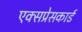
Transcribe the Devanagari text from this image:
एक्सप्रेसकार्ड